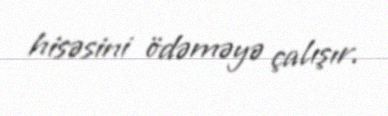
hisəsini ödəməyə çalışır.